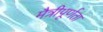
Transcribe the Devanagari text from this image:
मैत्रीपूर्णता